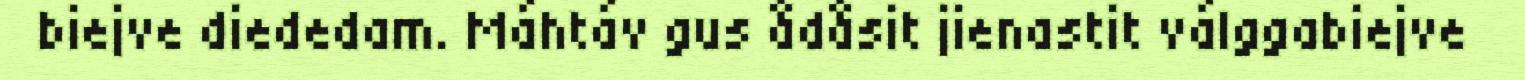
biejve diededam. Máhtáv gus ådåsit jienastit válggabiejve